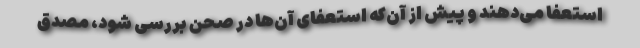
استعفا می‌دهند و پیش از آن‌که استعفای آن‌ها در صحن بررسی شود، مصدق